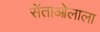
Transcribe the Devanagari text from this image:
सेंताओलाला